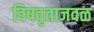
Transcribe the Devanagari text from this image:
विषवृताजवळ